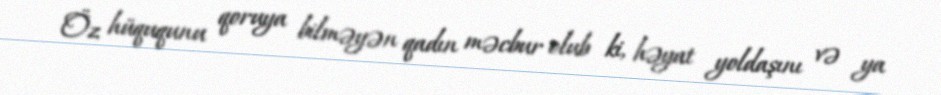
Öz hüququnu qoruya bilməyən qadın məcbur olub ki, həyat yoldaşını və ya